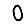
Digit: 0